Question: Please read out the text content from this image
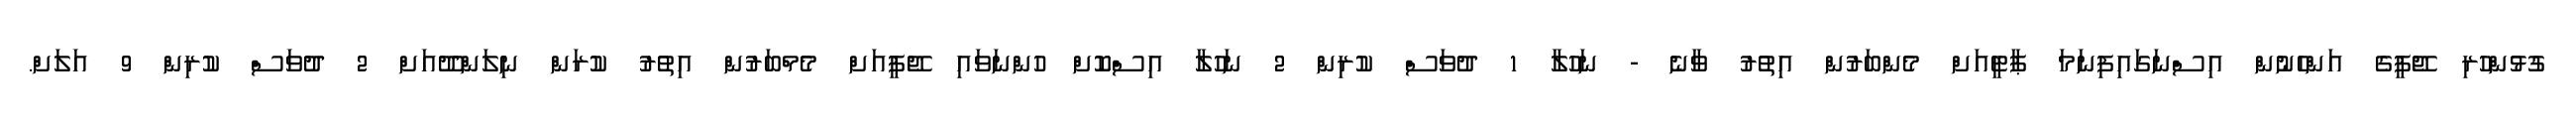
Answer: ގުޅުންހުރި ޖޭޕީގެ އަންހެނުން އިސްނަގައިފިނަމަ ޕާޓީއަށް މެންބަރުން އިތުރު ވާނެ - ނަހުލާ 1 ދުވަސް ކުރިން 2 ނަހުލާ އިސްކޮށް ހުންނަވައި ޖޭޕީއަށް މެމްބަރުން އިތުރު ކުރަން ނިލަންދޫއަށް 2 ދުވަސް ކުރިން 9 އަލަށް.